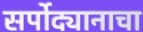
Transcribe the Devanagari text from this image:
सर्पोद्यानाचा